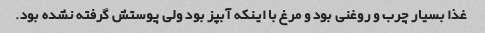
غذا بسیار چرب و روغنی بود و مرغ با اینکه آبپز بود ولی پوستش گرفته نشده بود.